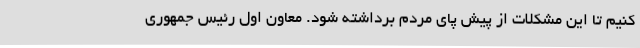
کنیم تا این مشکلات از پیش پای مردم برداشته شود. معاون اول رئیس جمهوری